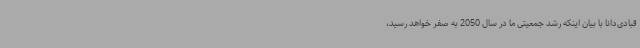
قبادی‌دانا با بیان اینکه رشد جمعیتی ما در سال 2050 به صفر خواهد رسید،